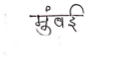
मजकूर: मुंबई